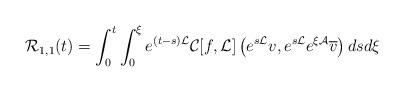
LaTeX: \begin{align*}\mathcal{R}_{1,1}(t) = \int_0^t \int_0^\xi e^{(t- s)\mathcal{L}} \mathcal{C}[f, \mathcal{L}] \left(e^{ s\mathcal{L}} v, e^{s\mathcal{L}} e^{\xi \mathcal{A}} \overline v \right)d s d\xi\end{align*}